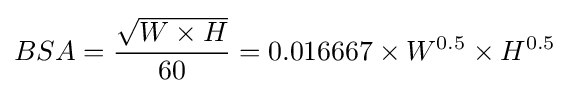
{BSA}={\frac {\sqrt {W\times H}}{60}}=0.016667\times W^{0.5}\times H^{0.5}